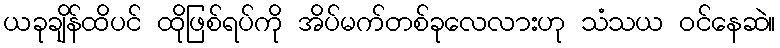
ယခုချိန်ထိပင် ထိုဖြစ်ရပ်ကို အိပ်မက်တစ်ခုလေလားဟု သံသယ ဝင်နေဆဲ။